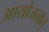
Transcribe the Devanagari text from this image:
आयोजनात्